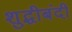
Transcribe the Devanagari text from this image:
शुद्धीबंदी